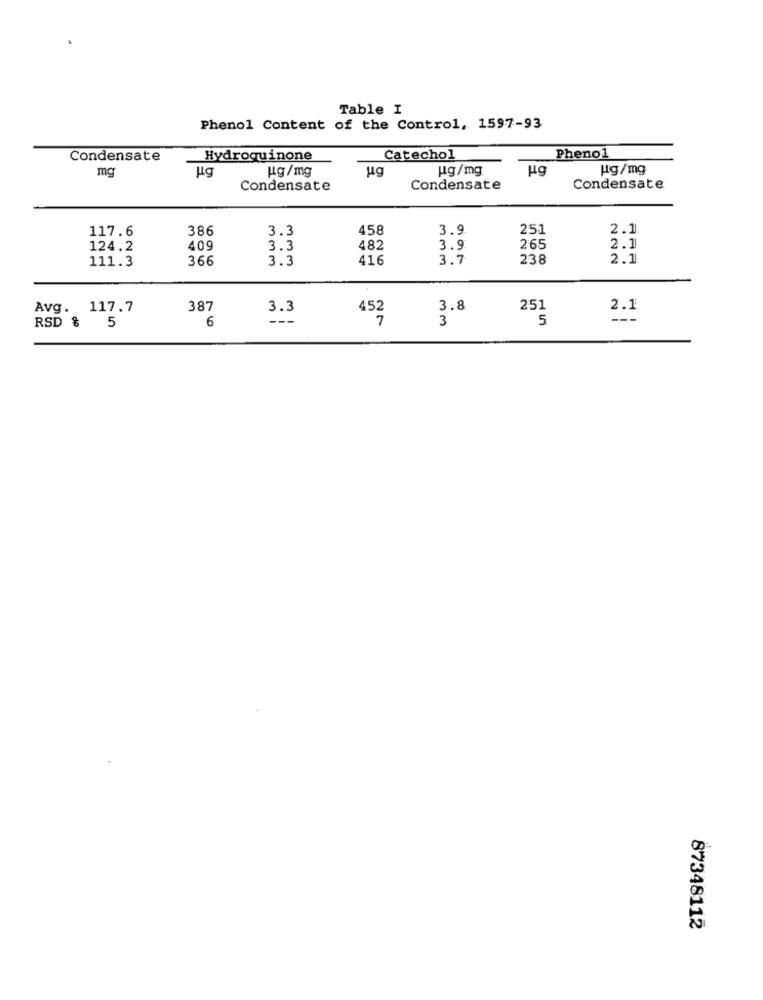
Table I
Phenol Content of the Control, 1597-93
Condensate
Hydroquinone
Catechol
Phenol
mg
ug
ug/mg
ug
ug/mg
Hg
Hg/mg
Condensate
Condensate
Condensate
117.6
386
3.3
458
3.9
251
2.1
124.2
409
3.3
482
3.9
265
2.1
366
3.3
416
3.7
238
2.1
111.3
Avg. 117.7
387
3.3
452
3.8
251
2.1
---
3
5
---
RSD & 5
6
87348112